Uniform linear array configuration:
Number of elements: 32
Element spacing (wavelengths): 0.25
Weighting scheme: hamming
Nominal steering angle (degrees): -30
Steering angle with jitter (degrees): -31.815
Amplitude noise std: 0.05
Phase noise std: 0.05

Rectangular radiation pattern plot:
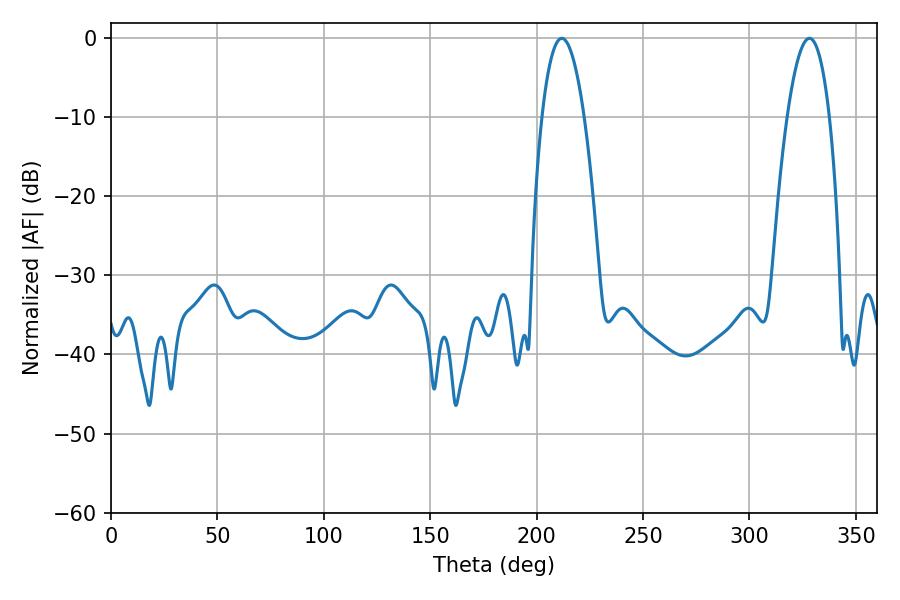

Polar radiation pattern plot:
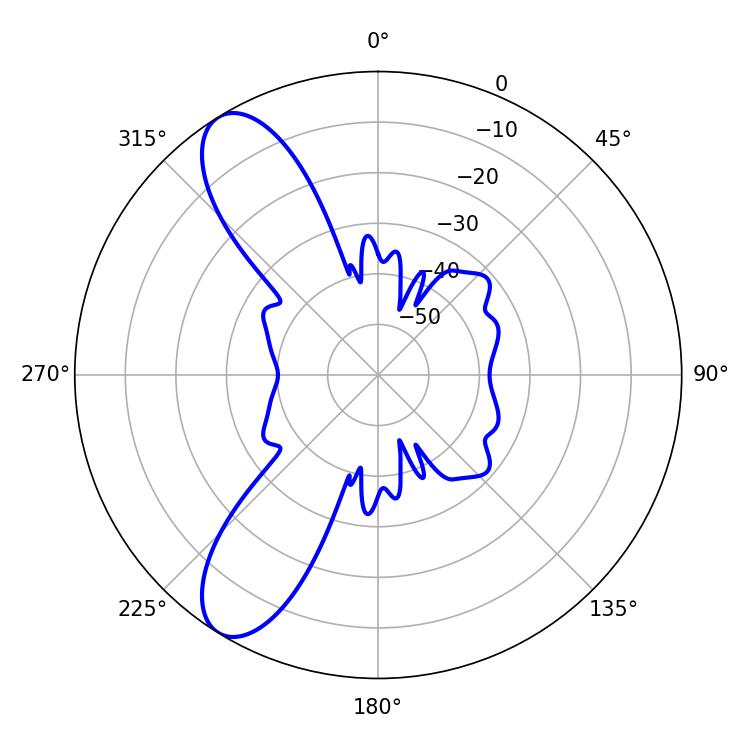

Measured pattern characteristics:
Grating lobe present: FALSE
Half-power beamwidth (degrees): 10.98
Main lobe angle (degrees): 211.86